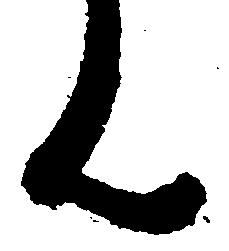
ん